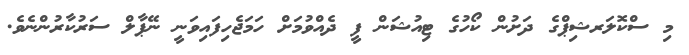
މި ސްކޮލަރޝިޕްގެ ދަށުން ކޯހުގެ ޓިއުޝަން ފީ ދެއްވުމަށް ހަމަޖެހިފައިވަނީ ނޭޕާލް ސަރުކާރުންނެވެ.